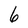
Character: 6